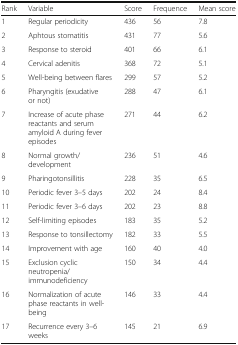
| Rank | Variable | Score | Frequence | Mean score |
 | --- | --- | --- | --- | --- |
 | 1 | Regular periodicity | 436 | 56 | 7.8 |
 | 2 | Aphtous stomatitis | 431 | 77 | 5.6 |
 | 3 | Response to steroid | 401 | 66 | 6.1 |
 | 4 | Cervical adenitis | 368 | 72 | 5.1 |
 | 5 | Well-being between flares | 299 | 57 | 5.2 |
 | 6 | Pharyngitis (exudative or not) | 288 | 47 | 6.1 |
 | 7 | Increase of acute phase reactants and serum amyloid A during fever episodes | 271 | 44 | 6.2 |
 | 8 | Normal growth/development | 236 | 51 | 4.6 |
 | 9 | Pharingotonsillitis | 228 | 35 | 6.5 |
 | 10 | Periodic fever 3–5 days | 202 | 24 | 8.4 |
 | 11 | Periodic fever 3–6 days | 202 | 23 | 8.8 |
 | 12 | Self-limiting episodes | 183 | 35 | 5.2 |
 | 13 | Response to tonsillectomy | 182 | 33 | 5.5 |
 | 14 | Improvement with age | 160 | 40 | 4.0 |
 | 15 | Exclusion cyclic neutropenia/immunodeficiency | 150 | 34 | 4.4 |
 | 16 | Normalization of acute phase reactants in well-being | 146 | 33 | 4.4 |
 | 17 | Recurrence every 3–6 weeks | 145 | 21 | 6.9 |